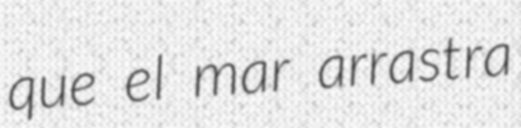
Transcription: que el mar arrastra